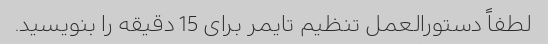
لطفاً دستورالعمل تنظیم تایمر برای 15 دقیقه را بنویسید.